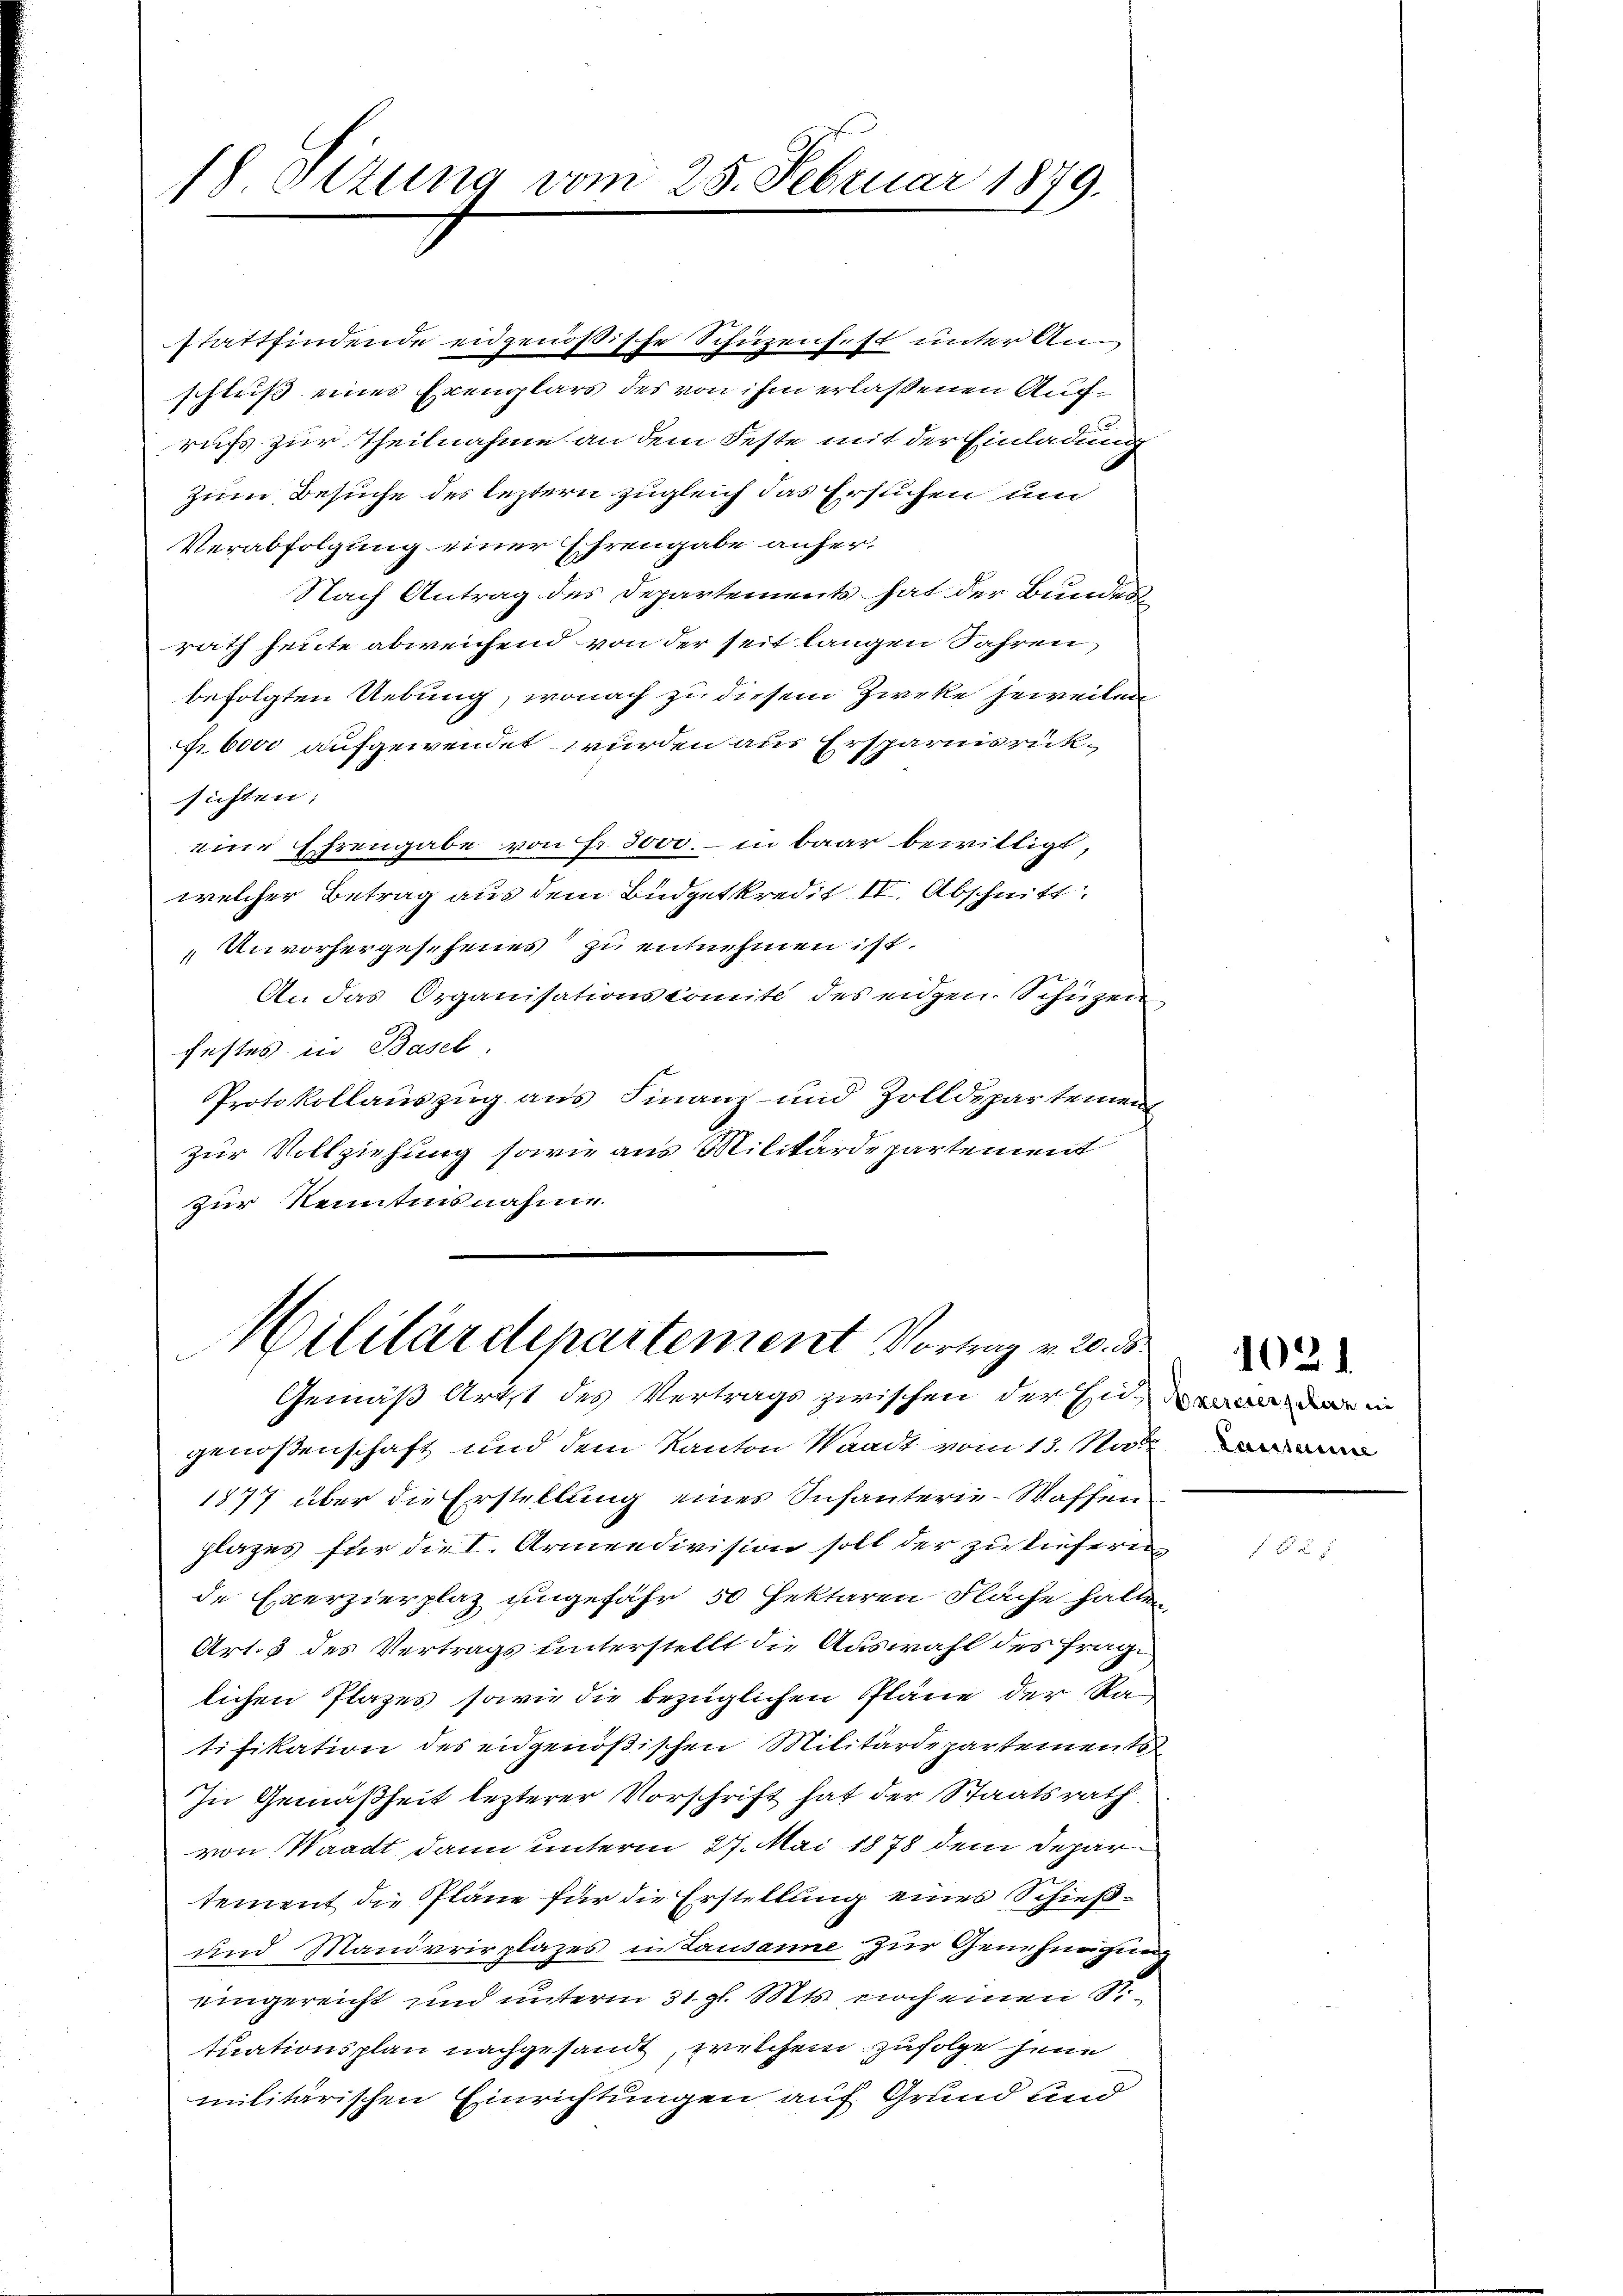
18 Sizung vom 28. Februar 1879.

stattfindende eidgenößische Schüzenfest unter Anschluß eines Exemplars des von ihm erlassenen Aufrufs zur Theilnahme an dem Feste mit der Einladung
Zum Besuche des leztern zugleich das Ersuchen und
Verabfolgung einer Ehrengabe anher¬
Nach Antrag des Departements hat der Bundes
rath heute abweichend von der seit langen Jahren,
befolgten Uebung, wonach zu diesem Zweke jeweilen
bovi aufgewendet wurden aus Ersparnisrüksichten:
eine Ehrengabe von Fr. 3000. – in baar bewilligt,
welcher Betrag aus dem Büdgetkredit IV. Abschnitt.
Unvorhergesehenes zu entnehmen ist.
An das Organisationskomite des eidgen. Schüzen
festes in Basel.
Protokollauszug aus Finanz- und Zolldepartemen
zur Vollziehung sowie aus Militärdepartement
zur Kenntnisnahme.

Militärdepartement Vortrag v. 20. d.
Gemäß Artt des Vertrags zwischen der Ende in

genossenschaft und dem Kanton Waadt vom 13. Mat
1877 über die Erstellung eines Schauterie-Waffen
plazes für die I. Armendivision soll der zu lüfern
de Exerzierplaz ungefähr 50 Jektaren Fläche halten,
Art. 3 des Vertrags hinterstellt die Auswahl des Frage
lichen Plazes sowie die bezüglichen Pläne der Ratifikation des eidgenößischen Militärdepartements
In Gemäßheit lezterer Vorschrift hat der Staatsrath
von Waadt dann unterm 27. Mai 1878 dem Depar
tement die Pläne für die Erstellung eines Schieß¬
und Mandvrirplazes in Lausanne zur Genehmigung
eingereicht und unterm 31. gl. Mts. noch einen S.
tuationsplan nachgesandt, welchem Zufolge jene
militärischen Einrichtungen auf Grund und

102.